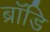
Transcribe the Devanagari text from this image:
ब्रॉडि